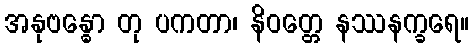
အနုဗန္ဓော တု ပကတာ၊ နိဝတ္တေ နဿနက္ခရေ။